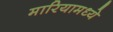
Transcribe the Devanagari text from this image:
मारियामध्ये